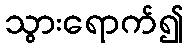
သွားရောက်၍